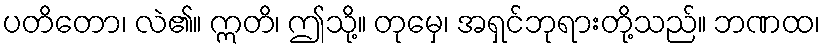
ပတိတော၊ လဲ၏။ ဣတိ၊ ဤသို့။ တုမှေ၊ အရှင်ဘုရားတို့သည်။ ဘဏထ၊